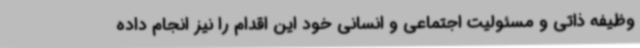
وظیفه ذاتی و مسئولیت اجتماعی و انسانی خود این اقدام را نیز انجام داده